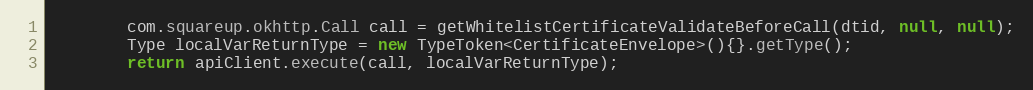
Language: Java
        com.squareup.okhttp.Call call = getWhitelistCertificateValidateBeforeCall(dtid, null, null);
        Type localVarReturnType = new TypeToken<CertificateEnvelope>(){}.getType();
        return apiClient.execute(call, localVarReturnType);